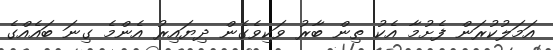
އަމަލުކުރަން ފެށުމާ އެކު ތިން ބާރު ވަކިވެގެން ދިޔައިރު އެންމެ ގިނަ ބައެއްގެ